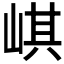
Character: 𡸷